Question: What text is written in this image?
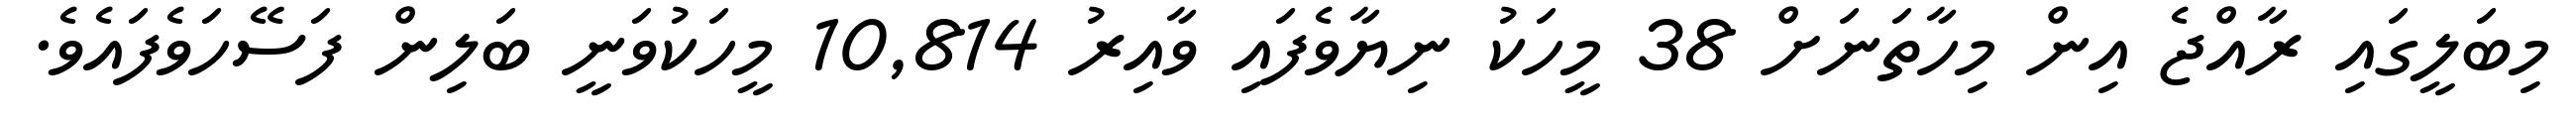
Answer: މިބަލީގައި ރާއްޖެ އިން މިހާތަނަށް 38 މީހަކު ނިޔާވެފައި ވާއިރު 10,814 މީހަކުވަނީ ބަލިން ފަސޭހަވެފައެވެ.